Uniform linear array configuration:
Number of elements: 64
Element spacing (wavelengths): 0.25
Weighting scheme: hamming
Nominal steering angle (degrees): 0
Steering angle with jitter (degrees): -0.962
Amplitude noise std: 0.05
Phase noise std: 0.05

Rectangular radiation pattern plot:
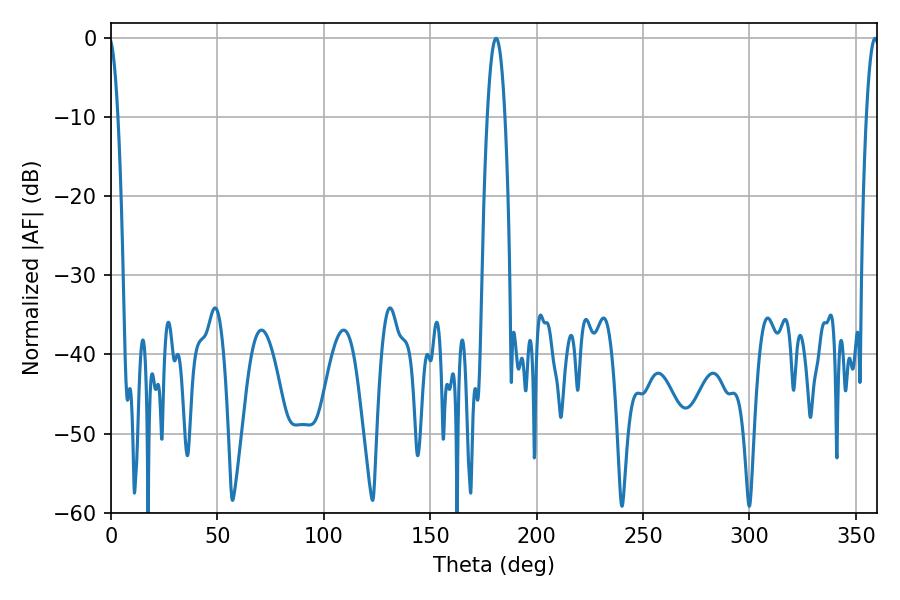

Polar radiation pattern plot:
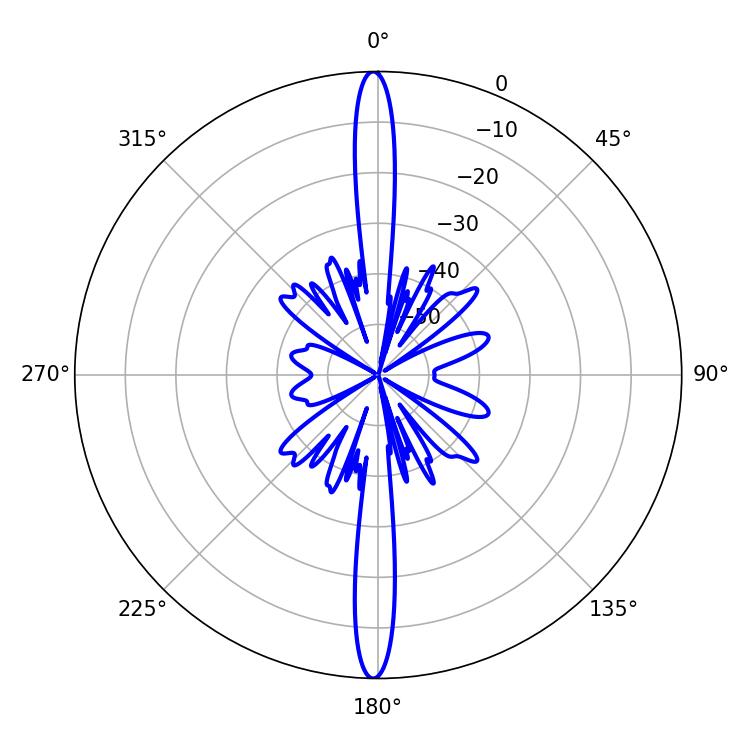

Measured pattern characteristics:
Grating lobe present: FALSE
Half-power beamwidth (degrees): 4.5
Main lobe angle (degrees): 180.9